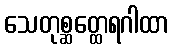
သေတုစ္ဆတ္ထေရဂါထာ